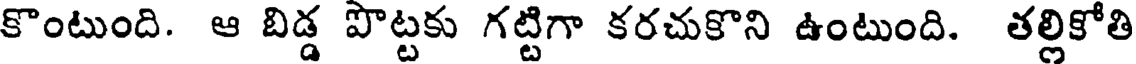
కొంటుంది. ఆ బిడ్డ పొట్టకు గట్టిగా కరచుకొని ఉంటుంది. తల్లికోతి